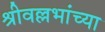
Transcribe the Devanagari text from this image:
श्रीवल्लभांच्या